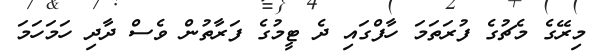
މިރޭގެ މެޗުގެ ފުރަތަމަ ހާފްގައި ދެ ޓީމުގެ ފަރާތުން ވެސް ދާދި ހަމަހަމަ